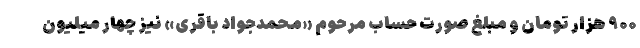
۹۰۰ هزار تومان و مبلغ صورت حساب مرحوم «محمدجواد باقری» نیز چهار میلیون